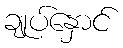
ချုပ်နှောင်